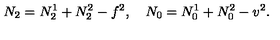
N _ { 2 } = N _ { 2 } ^ { 1 } + N _ { 2 } ^ { 2 } - f ^ { 2 } , \quad N _ { 0 } = N _ { 0 } ^ { 1 } + N _ { 0 } ^ { 2 } - v ^ { 2 } .